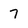
Character: 7